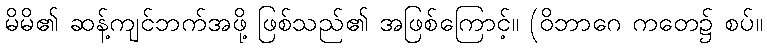
မိမိ၏ ဆန့်ကျင်ဘက်အဖို့ ဖြစ်သည်၏ အဖြစ်ကြောင့်။ (ဝိဘာဂေ ကတေ၌ စပ်။